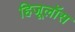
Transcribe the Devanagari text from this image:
हिजूलॉस